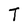
Character: T